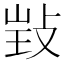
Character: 𢽃